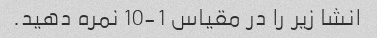
انشا زیر را در مقیاس 1-10 نمره دهید.